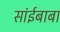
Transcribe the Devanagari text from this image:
सांईबाबा